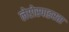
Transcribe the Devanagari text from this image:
लेप्टोस्पाइरता